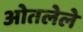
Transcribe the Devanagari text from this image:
ओतलेले